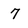
Character: 7